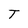
Character: T